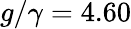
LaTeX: g/\gamma=4.60